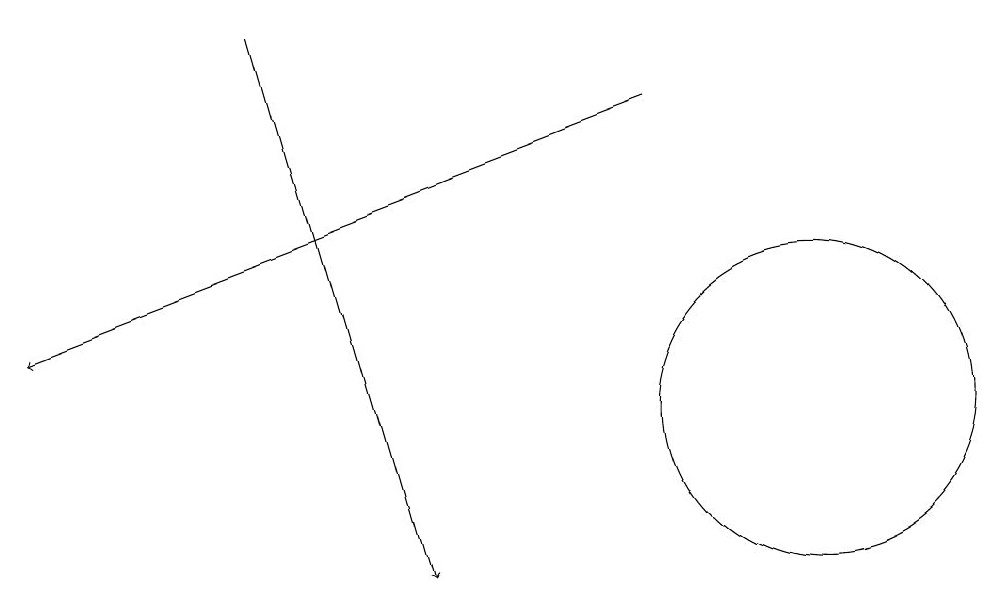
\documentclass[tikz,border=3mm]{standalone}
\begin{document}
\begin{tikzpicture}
\draw[->] (9,16) -- (1,13);
\draw (11,12) circle (2);
\draw[->] (4,17) -- (6,10);
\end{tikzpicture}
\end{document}